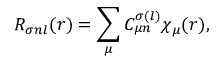
R _ { \sigma n l } ( r ) = \sum _ { \mu } C _ { \mu n } ^ { \sigma ( l ) } \chi _ { \mu } ( r ) ,